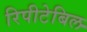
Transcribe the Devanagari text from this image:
रिपीटेबिल